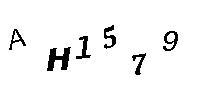
AH1579